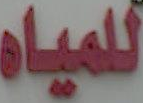
للمياه